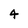
Character: 4